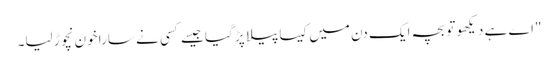
"اے ہے دیکھو تو بچہ ایک دن میں کیسا پیلا پڑ گیا جیسے کسی نے سارا خون نچوڑ لیا۔